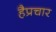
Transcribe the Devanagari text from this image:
हैप्रचार